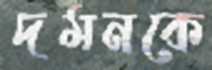
দমনকে